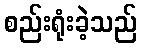
စည်းရုံးခဲ့သည်